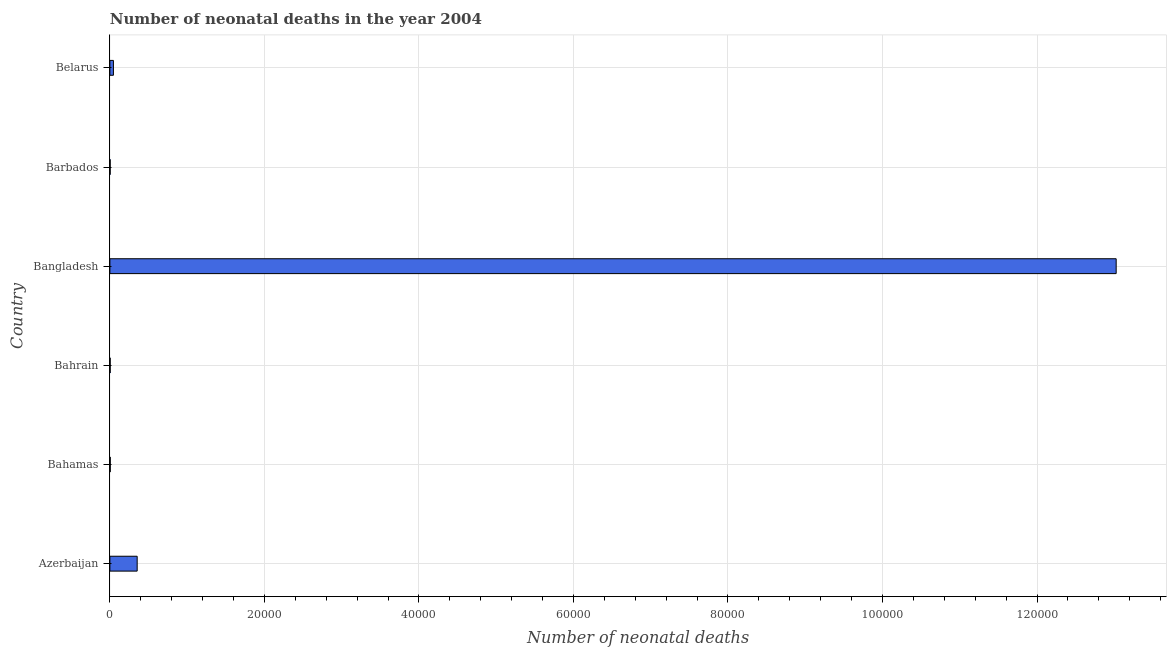
| Country | Neonatal deaths |
 | --- | --- |
 | Azerbaijan | 3.53e+03 |
 | Bahamas | 48 |
 | Bahrain | 39 |
 | Bangladesh | 1.3e+05 |
 | Barbados | 36 |
 | Belarus | 457 |